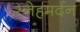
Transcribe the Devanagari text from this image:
स्नेहमर्दन